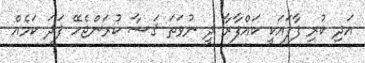
އަދި ކުރި ފާފައަކީ ކައްފާރާ ދީ ނުވަތަ ޤަޟާ ކުރަންޖެހޭ ފަދަ ކަމެއް